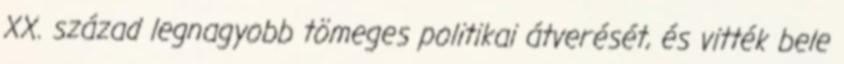
XX. század legnagyobb tömeges politikai átverését, és vitték bele